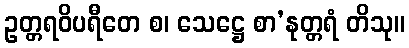
ဥတ္တရဝိပရီတေ စ၊ သေဋ္ဌေ စာ’နုတ္တရံ တိသု။